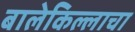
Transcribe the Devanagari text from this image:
बालेकिल्लाचा